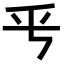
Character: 𠂠